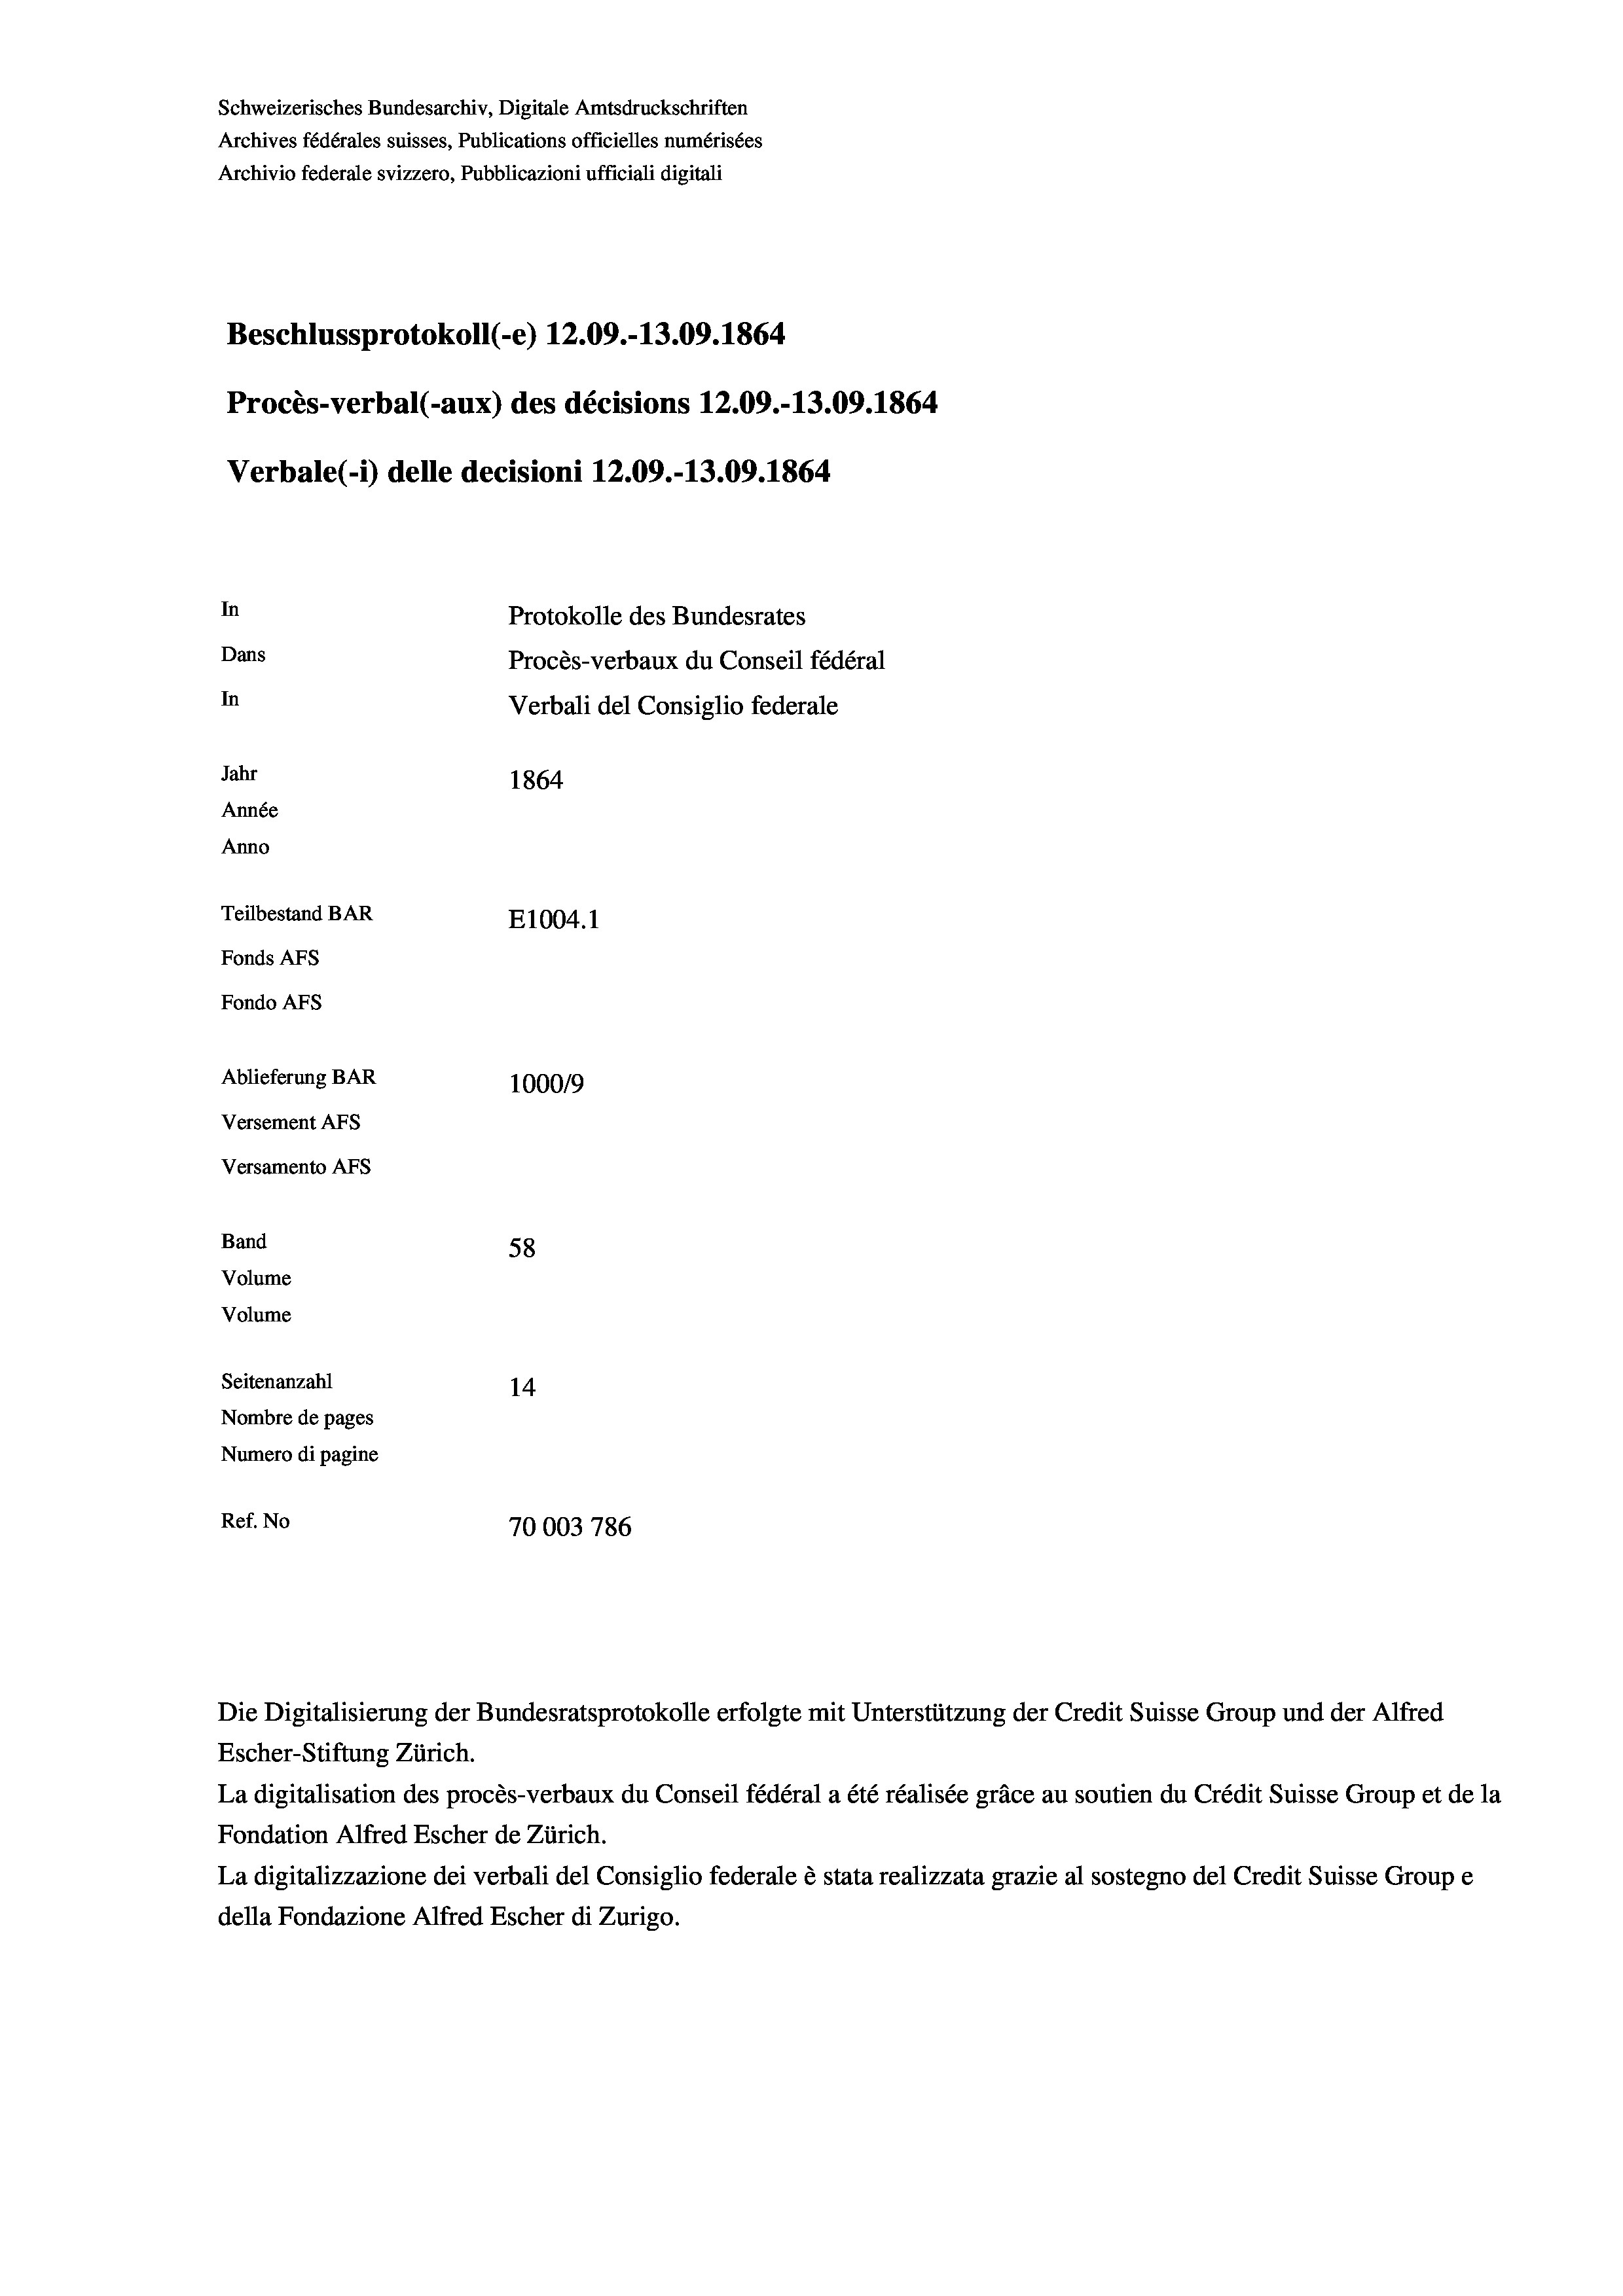
Schweizerisches Bundesarchiv, Digitale Amtsdruckschriften
Archives fédérales suisses, Publications officielles numérisées
Archivio federale svizzero, Pubblicazioni ufficiali digitali
Beschlussprotokoll (-e) 12.09.-13.09. 1864
Procès-verbal (-aux) des décisions 12.09.-13.09. 1864
Verbale(-*) delle decisioni 12.09.-13.09. 1864
In
Protokolle des Bundesrates
Dans
Procès-verbaux du Conseil fédéral
In
Verbali del Consiglio federale
Jahr
1864
Année
Anno
Teilbestand BAR
E1004.1
Fonds AFs
Fondo AFS
Ablieferung BAR
100019
Versement AFs
Versamento Afs

Band
Volume
Volume
Seitenanzahl

58
14
Nombre de pages
Numero di pagine
Ref. No
70003 786

Die Digitalisierung der Bundesratsprotokolle erfolgte mit Unterstützung der Credit Suisse Group und der Alfred

Escher-Stiftung Zürich.
La digitalisation des procès-verbaux du Conseil fédéral a été réalisée gräce au soutien du Crédit Suisse Group et de la
Fondation Alfred Escher de Zürich.
La digitalizzazione dei verbali del Consiglio federale è stata realizzata grazie al sostegno del Credit Suisse Groupe
della Fondazione Alfred Escher di Zurigo.